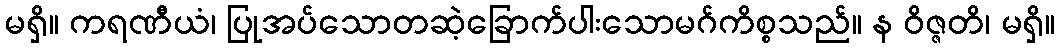
မရှိ။ ကရဏီယံ၊ ပြုအပ်သောတဆဲ့ခြောက်ပါးသောမဂ်ကိစ္စသည်။ န ဝိဇ္ဇတိ၊ မရှိ။